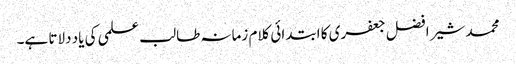
محمد شیر افضل جعفری کا ابتدائی کلام زمانہ طالب علمی کی یاد دلاتا ہے۔